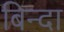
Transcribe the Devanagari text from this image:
बिन्दा